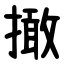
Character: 撖